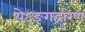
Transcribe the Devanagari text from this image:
येऽङगद्वारेण